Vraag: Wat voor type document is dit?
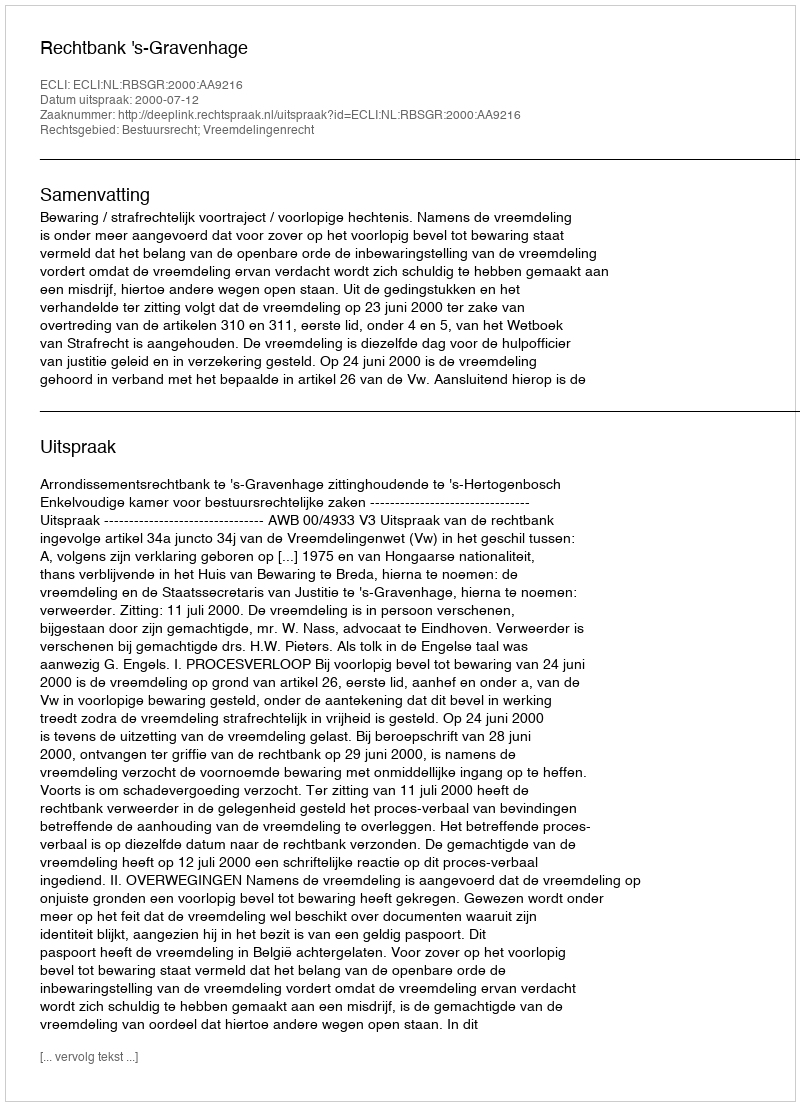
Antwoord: Uitspraak